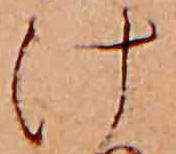
け